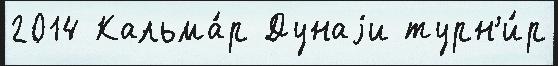
2014 Кальма́р Дунаjи турн'и́р